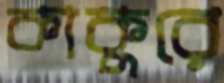
কাকুরে